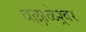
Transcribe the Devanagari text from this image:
बल्लाळेश्र्वर